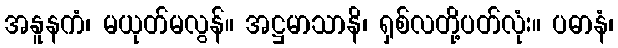
အနူနကံ၊ မယုတ်မလွန်။ အဋ္ဌမာသာနိ၊ ရှစ်လတို့ပတ်လုံး။ ပဓာနံ၊